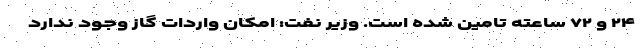
۲۴ و ۷۲ ساعته تامین شده است. وزیر نفت: امکان واردات گاز وجود ندارد